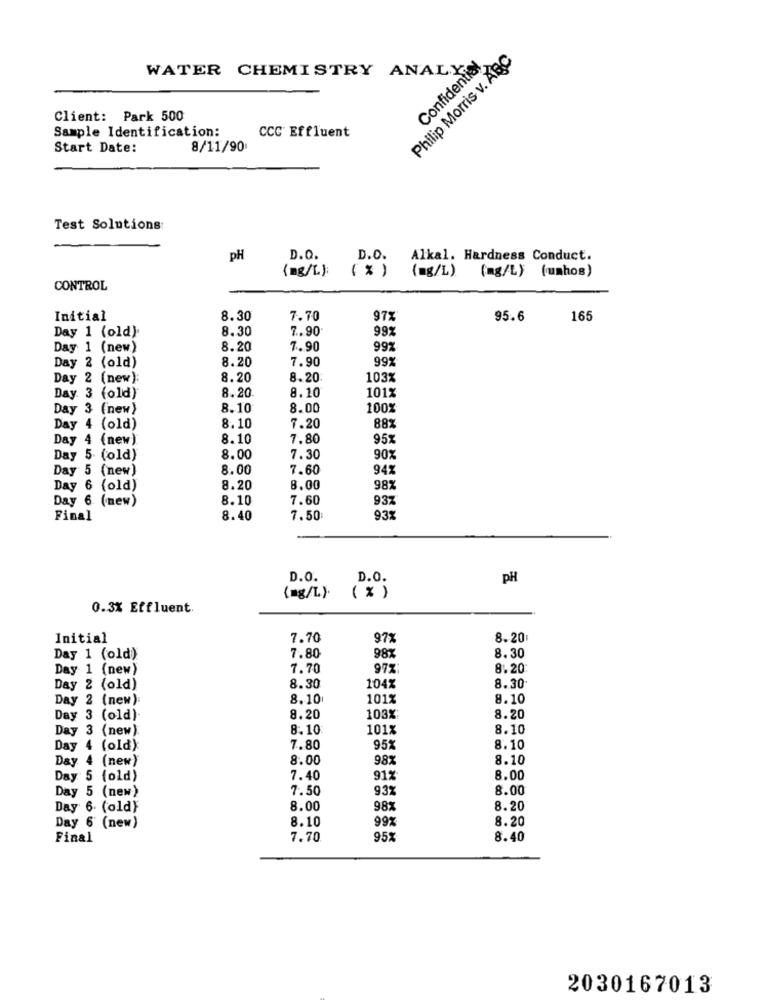
Philip Morris v. ABC
Confidential
WATER CHEMISTRY ANALY
Client: Park 500
Sample Identification:
CCC Effluent
Start Date:
8/11/90
Test Solutions
PH
D.O.
D.O.
Alkal. Hardness Conduct.
(mg/L):
( % )
(mg/L)
(mg/L) (umhos)
CONTROL
Initial
8.30
7.70
97%
95.6
165
Day 1 (old)
8.30
7.90
99%
Day 1 (new)
8.20
7.90
997
Day 2 (old)
8.20
7.90
99%
Day 2 (new):
8.20
8.20
103%
8.20
Day. 3 (old)
8.10
101%
Day 3 (new)
8.10
8.00
100%
Day 4 (old)
8.10
7.20
88%
Day 4 (new)
8.10
7.80
95
Day 5 (old)
8.00
7.30
90%
Day 5 (new)
8.00
7.60
941
Day 6 (old)
8.20
8.00
98%
Day 6 (new)
8.10
7.60
93%
Final
8.40
7.50
93x
D.O.
D.O.
pH
(mg/L).
( % )
0.3% Effluent
Initial
7.70
97%
8.20
7.80
8.30
Day 1 (old)
98%
Day 1 (new)
7.70
97%
8.20
8.30
Day 2 (old)
104%
8.30
Day 2 (new):
8.10
101%
8.10
Day 3 (old).
8.20
103%
8.20
Day 3 (new)
8.10
101%
8.10
Day 4 (old):
7.80
95%
8.10
Day 4 (new)
8.00
98
8.10
Day 5 (old)
7.40
91%
8.00
Day 5 (new)
7.50
93%
8.00
Day 6 (old)
8.00
98%
8.20
8.10
99%
8.20
Day 6 (new)
Final
7.70
95%
8.40
2030167013